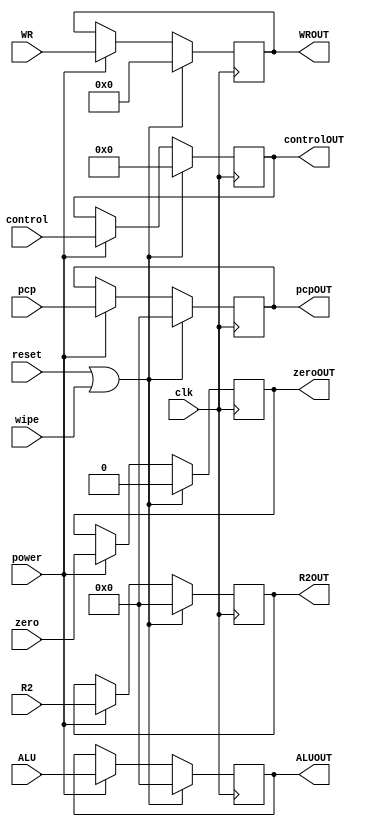
module EXMEM (input [7:0] control, input [31:0] pcp, ALU,R2, input[4:0] WR, input zero,clk,reset,wipe,power,output reg[7:0] controlOUT, output reg[31:0] pcpOUT, ALUOUT,R2OUT, output reg[4:0] WROUT,output reg zeroOUT);

	always@(negedge clk)
	begin
		if(reset|wipe) begin
			controlOUT <= 0;
			pcpOUT <= 0;
			ALUOUT <= 0;
			R2OUT <= 0;
			WROUT <= 0;
			zeroOUT <= 0;

		end
		else if (power)begin
			controlOUT <= control;
			pcpOUT <= pcp;
			ALUOUT <= ALU;
			R2OUT <= R2;
			WROUT <= WR;
			zeroOUT <= zero;
		end

	end


endmodule